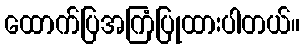
ထောက်ပြအကြံပြုထားပါတယ်။